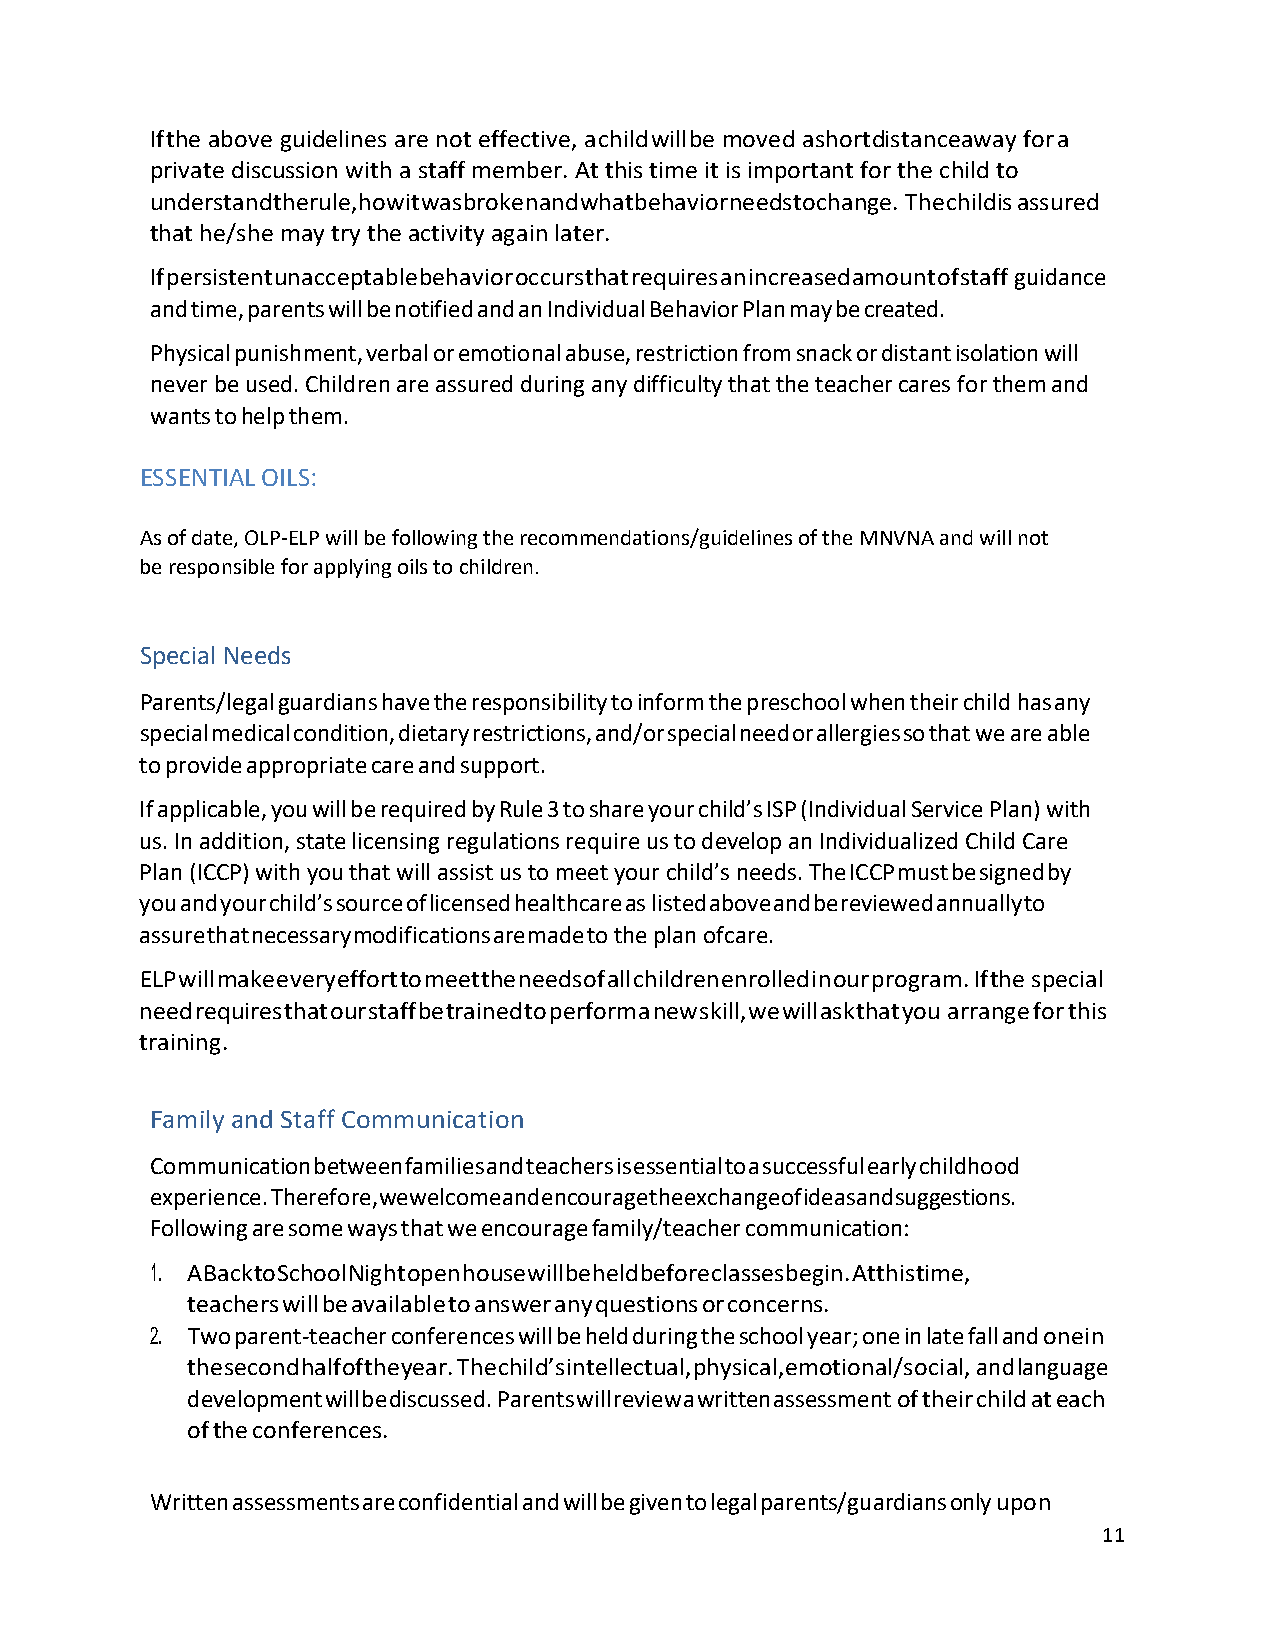
If the above guidelines are not effective, a child will be moved a short distance away for a
 private discussion with a staff member. At this time it is important for the child to
 understand the rule, how it was broken and what behavior needs to change. The child is assured
 that he/she may try the activity again later.
 If persistent unacceptable behavior occurs that requires an increased amount of staff guidance
 and time, parents will be notified and an Individual Behavior Plan may be created.
 Physical punishment, verbal or emotional abuse, restriction from snack or distant isolation will
 never be used. Children are assured during any difficulty that the teacher cares for them and
 wants to help them.
 ESSENTIAL OILS:
 As of date, OLP-ELP will be following the recommendations/guidelines of the MNVNA and will not
 be responsible for applying oils to children.
 Special Needs
 Parents/legal guardians have the responsibility to inform the preschool when their child has any
 special medical condition, dietary restrictions, and/or special need or allergies so that we are able
 to provide appropriate care and support.
 If applicable, you will be required by Rule 3 to share your child’s ISP (Individual Service Plan) with
 us. In addition, state licensing regulations require us to develop an Individualized Child Care
 Plan (ICCP) with you that will assist us to meet your child’s needs. The ICCP must be signed by
 you and your child’s source of licensed healthcare as listed above and be reviewed annually to
 assure that necessary modifications are made to the plan of care.
 ELP will make every effort to meet the needs of all children enrolled in our program. If the special
 need requires that our staff be trained to perform a new skill, we will ask that you arrange for this
 training.
 Family and Staff Communication
 Communication between families and teachers is essential to a successful early childhood
 experience. Therefore, we welcome and encourage the exchange of ideas and suggestions.
 Following are some ways that we encourage family/teacher communication:
 1. A Back to School Night open house will be held before classes begin. At this time,
 teachers will be available to answer any questions or concerns.
 2. Two parent-teacher conferences will be held during the school year; one in late fall and one in
 the second half of the year. The child’s intellectual, physical, emotional/social, and language
 development will be discussed. Parents will review a written assessment of their child at each
 of the conferences.
 Written assessments are confidential and will be given to legal parents/guardians only upon
 11